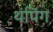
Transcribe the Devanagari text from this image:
थंपिंग